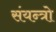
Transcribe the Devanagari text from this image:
संयन्त्रो